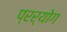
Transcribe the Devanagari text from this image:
प्रर्योग